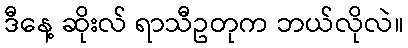
ဒီနေ့ ဆိုးလ် ရာသီဥတုက ဘယ်လိုလဲ။